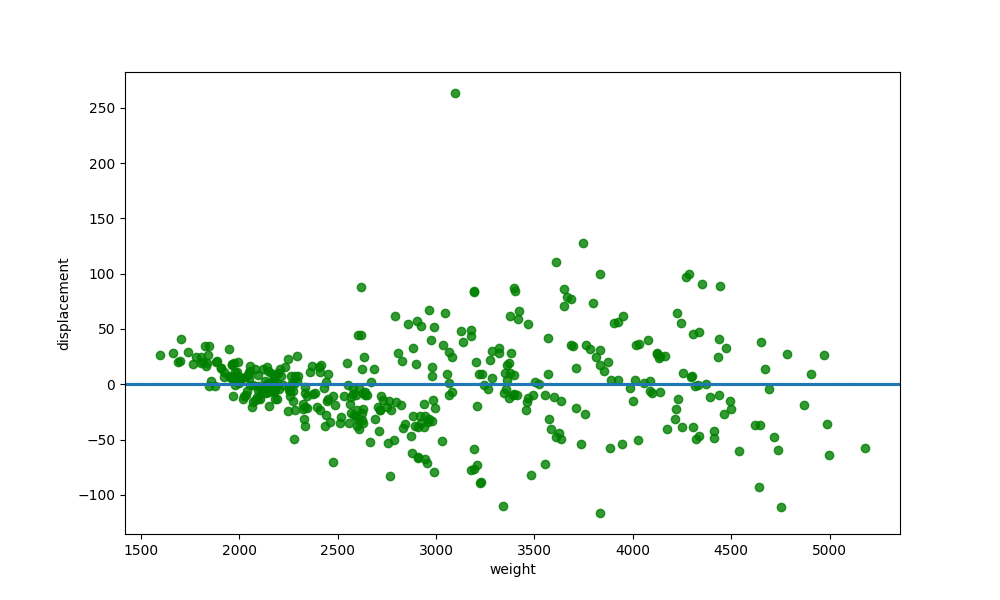
python, seaborn, residplot, lowess=True, scatter_color=green